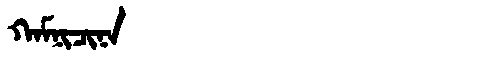
Manchu: ᡴᠠᠮᠨᡳᠴᡳᠨᠠ
Romanization: KAMNICINA